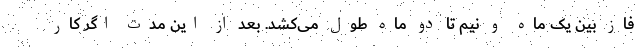
فاز بین یک ماه و نیم تا دو ماه طول می‌کشد. بعد از این مدت اگر کار